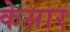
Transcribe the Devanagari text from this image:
केसार